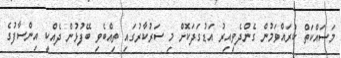
މަސައްކަތް ކުރައްވަމުން ގެންދެވިއިރު އަޑުގަދަކޮށް މި ސަރުކާރުގައި ތިއްބެވި ބޭފުޅުން ދެއްކީ އިންސާފުގެ